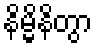
နိမ္မိနိတွာ